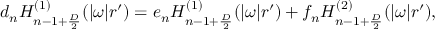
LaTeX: d _ { n } H _ { n - 1 + { \frac { D } { 2 } } } ^ { ( 1 ) } ( | \omega | r ^ { \prime } ) = e _ { n } H _ { n - 1 + { \frac { D } { 2 } } } ^ { ( 1 ) } ( | \omega | r ^ { \prime } ) + f _ { n } H _ { n - 1 + { \frac { D } { 2 } } } ^ { ( 2 ) } ( | \omega | r ^ { \prime } ) ,